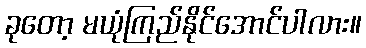
ခုတော့ မယုံကြည်နိုင်အောင်ပါလား။